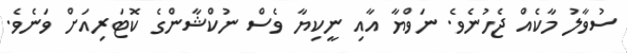
ސުވާލު މާކެއް ޖެހުނެވެ. ނަވްޔާ އާއި ނީކިޔާ ވެސް ނުކްޝާންގެ ކޮޓަރިއަށް ވަނެވެ.